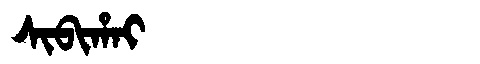
Manchu: ᠰᡳᠪᡳᡥᠠᡳ
Romanization: SIBIHAI